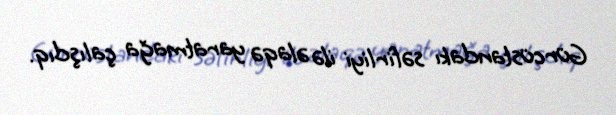
Gürcüstandakı səfirliyi ilə əlaqə yaratmağa çalışdıq.